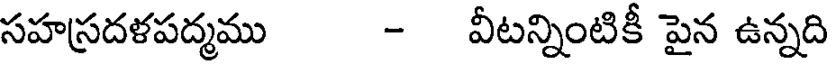
సహస్రదళపద్మము - వీటన్నింటికీ పైన ఉన్నది